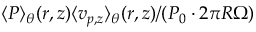
\langle P \rangle _ { \theta } ( r , z ) \langle v _ { p , z } \rangle _ { \theta } ( r , z ) / ( P _ { 0 } \cdot 2 \pi R \Omega )